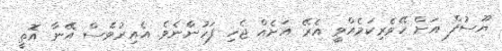
ޔޫސުފް އަށް ހޭވެރިކަމެއްވީ އެރޭ އަށެއް ޖެހި ފަހުންެނެވެ. އެއިރުވެސް އޭނާ އޮތީ